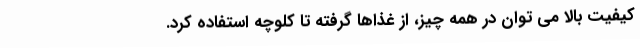
کیفیت بالا می توان در همه چیز، از غذاها گرفته تا کلوچه استفاده کرد.